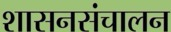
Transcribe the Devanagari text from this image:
शासनसंचालन